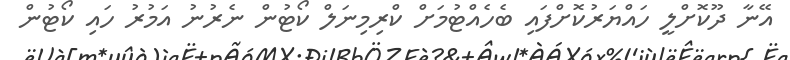
އޭނާ ދޫކޮށްލީ ހައްޔަރުކޮށްފައި ބެހެއްޓުމަށް ކްރިމިނަލް ކޯޓުން ނެރުނު އަމުރު ހައި ކޯޓުން